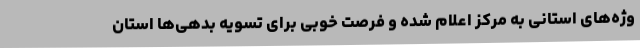
وژه‌های استانی به مرکز اعلام شده و فرصت خوبی برای تسویه بدهی‌ها استان